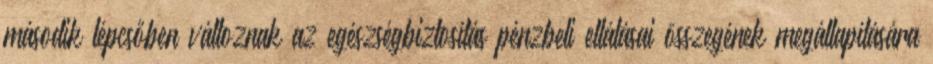
második lépcsőben változnak az egészségbiztosítás pénzbeli ellátásai összegének megállapítására